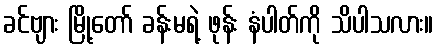
ခင်ဗျား မြို့တော် ခန်းမရဲ့ ဖုန်း နံပါတ်ကို သိပါသလား။